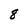
Character: 8